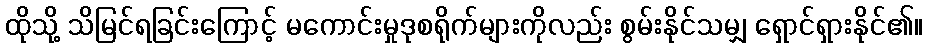
ထိုသို့ သိမြင်ရခြင်းကြောင့် မကောင်းမှုဒုစရိုက်များကိုလည်း စွမ်းနိုင်သမျှ ရှောင်ရှားနိုင်၏။